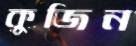
কুজিন